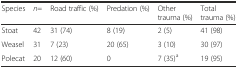
<table><thead><tr><td><b>Species</b></td><td><b><i>n</i>=</b></td><td><b>Road traffic (%)</b></td><td><b>Predation (%)</b></td><td><b>Other trauma (%)</b></td><td><b>Total trauma (%)</b></td></tr></thead><tbody><tr><td>Stoat</td><td>42</td><td>31 (74)</td><td>8 (19)</td><td>2 (5)</td><td>41 (98)</td></tr><tr><td>Weasel</td><td>31</td><td>7 (23)</td><td>20 (65)</td><td>3 (10)</td><td>30 (97)</td></tr><tr><td>Polecat</td><td>20</td><td>12 (60)</td><td>0</td><td>7 (35)<sup>a</sup></td><td>19 (95)</td></tr></tbody></table>